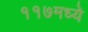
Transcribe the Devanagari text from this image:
११७मध्ये